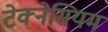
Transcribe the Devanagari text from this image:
टेक्नेसियम